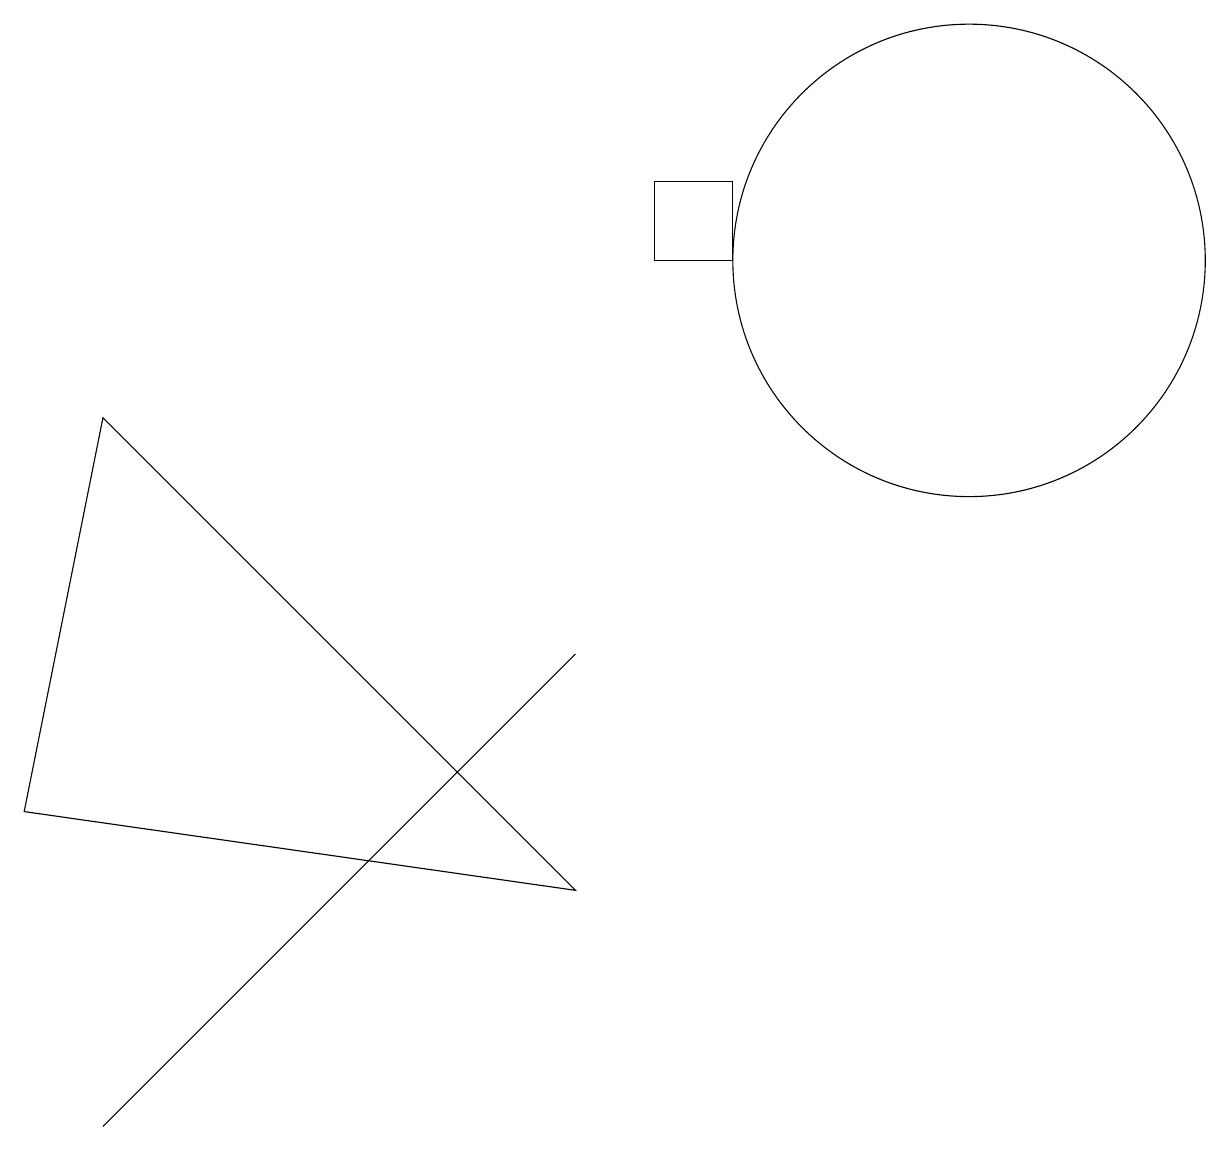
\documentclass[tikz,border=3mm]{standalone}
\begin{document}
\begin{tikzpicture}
\draw (7,3) -- (1,9) -- (0,4) -- cycle;
\draw (9,12) rectangle (8,11);
\draw (12,11) circle (3);
\draw (1,0) -- (6,5) -- (7,6) -- cycle;
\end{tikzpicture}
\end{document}